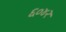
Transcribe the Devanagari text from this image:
६०४२